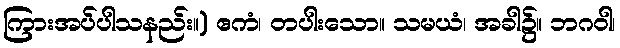
ကြားအပ်ပါသနည်း။) ဧကံ၊ တပါးသော။ သမယံ၊ အခါ၌။ ဘဂဝါ၊